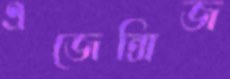
এজেন্সিজ